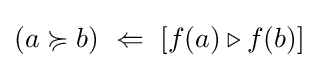
(a\succcurlyeq b)~\Leftarrow ~[f(a)\triangleright f(b)]